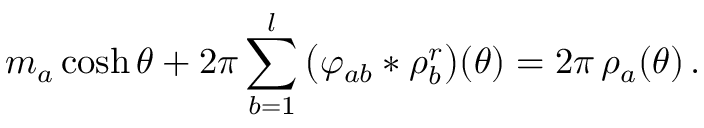
m _ { a } \cosh \theta + 2 \pi \sum _ { b = 1 } ^ { l } \, \bigl ( \varphi _ { a b } * \rho _ { b } ^ { r } \bigr ) ( \theta ) = 2 \pi \, \rho _ { a } ( \theta ) \, .